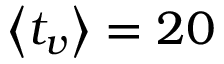
{ \ensuremath { \left\langle t _ { v } \right\rangle } } = 2 0